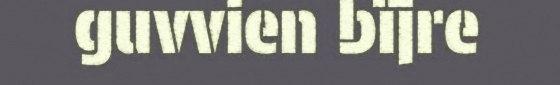
guvvien bïjre